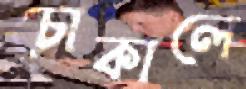
চোকালে